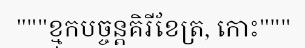
"""ខ្មុកបច្ចន្តគិរីខែត្រ, កោះ"""